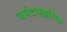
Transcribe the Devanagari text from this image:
चर्पटपञ्जरिका